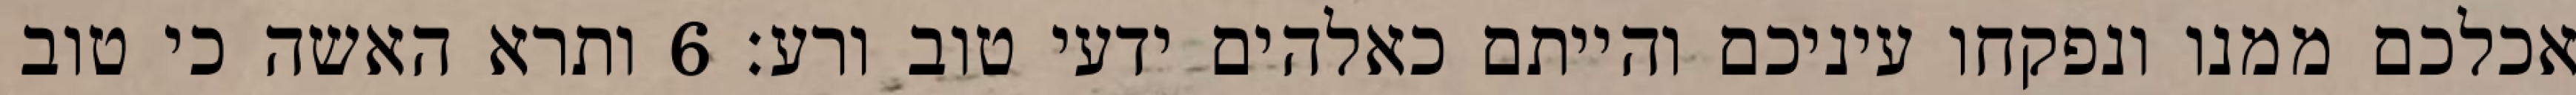
אכלכם ממנו ונפקחו עיניכם והייתם כאלהים ידעי טוב ורע׃ ‎6‏ ותרא האשה כי טוב